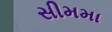
સીમમા